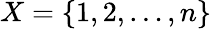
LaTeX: X=\{ 1,2,\ldots,n\}